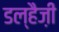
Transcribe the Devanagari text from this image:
डल्हैज़ी